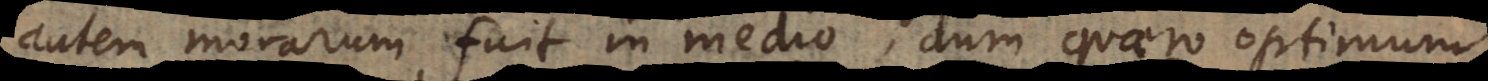
autem morarum fuit in medio, dum quaero optimum